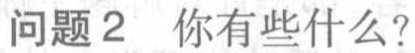
问题2 你有些什么？